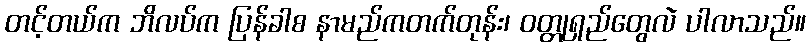
တင့်တယ်က ဘိလပ်က ပြန်ခါစ နာမည်ကတက်တုန်း၊ ဝတ္တုရှည်တွေလဲ ပါလာသည်။